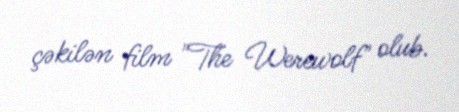
çəkilən film "The Werewolf" olub.